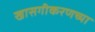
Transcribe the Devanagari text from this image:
खासगीकरणच्या